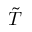
\tilde { T }